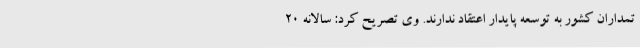
تمداران کشور به توسعه پایدار اعتقاد ندارند. وی تصریح کرد: سالانه ۲۰